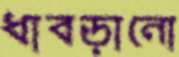
ধাবড়ানো